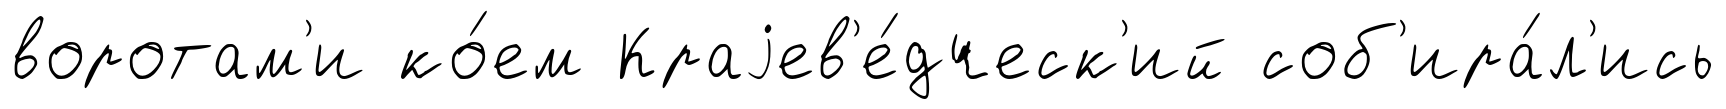
воротам'и ко́ем Краjев'е́дческ'ий соб'ира́л'ись